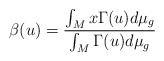
\begin{align*}\beta(u)=\frac{\int_{M}x\Gamma(u)d\mu_{g}}{\int_{M}\Gamma(u)d\mu_{g}}\end{align*}